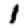
Digit: 1